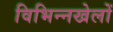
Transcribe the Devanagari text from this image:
विभिन्नखेलों